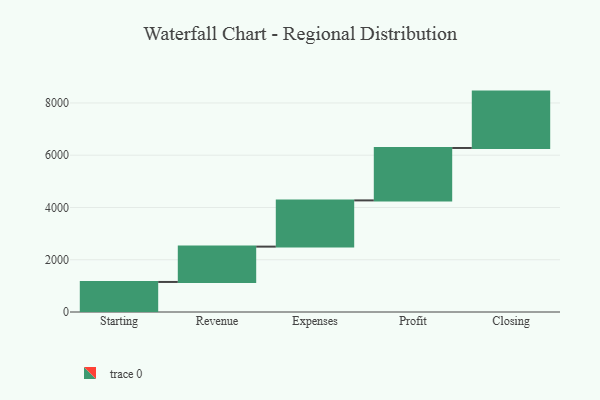
{"axis": {"x": "Step", "y": "Value"}, "legend": [""], "data": [{"x": "Starting", "y": 1150.0, "type": ""}, {"x": "Revenue", "y": 1352.0, "type": ""}, {"x": "Expenses", "y": 1769.0, "type": ""}, {"x": "Profit", "y": 2006.0, "type": ""}, {"x": "Closing", "y": 2157.0, "type": ""}]}